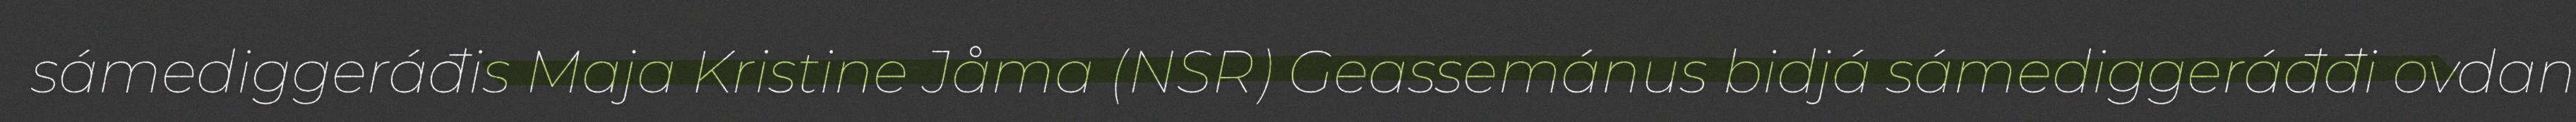
sámediggeráđis Maja Kristine Jåma (NSR) Geassemánus bidjá sámediggeráđđi ovdan